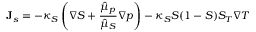
{ \bf J } _ { s } = - \kappa _ { S } \left( \nabla S + \frac { \hat { \mu } _ { p } } { \hat { \mu } _ { S } } \nabla p \right) - \kappa _ { S } S ( 1 - S ) S _ { T } \nabla T